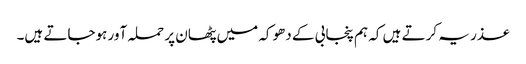
عذر یہ کرتے ہیں کہ ہم پنجابی کے دھوکہ میں پٹھان پر حملہ آور ہوجاتے ہیں۔